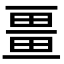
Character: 畺